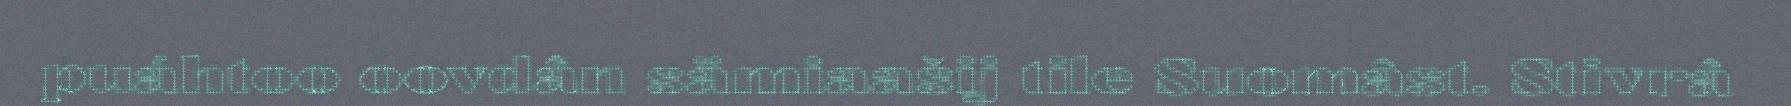
puáhtoo oovdân sämiaašij tile Suomâst. Stivrâ